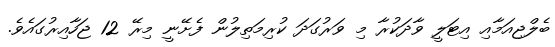
ބެލްޖިއަމާއި އިޓަލީ ވާދަކުރާ މި ވަރުގަދަ ކުރިމަތިލުން ފެށޭނީ މިރޭ 12 ޖަހާއިރުގައެވެ.